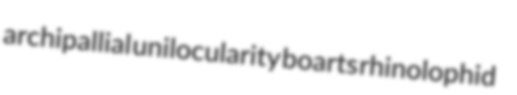
archipallial unilocularity boarts rhinolophid